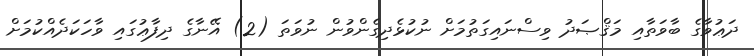
ދަޢުވާގެ ބާވަތާއި މަޤްޞަދު ވިސްނައިގަތުމަށް ނުކުޅެދިގެންވުން ނުވަތަ (2) އޭނާގެ ދިފާޢުގައި ވާހަކަދެއްކުމަށް